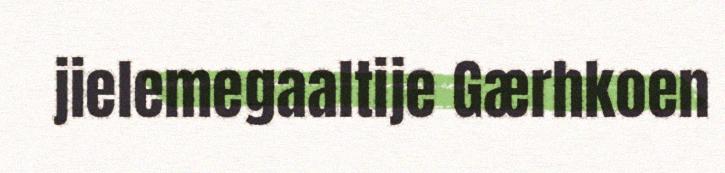
jielemegaaltije Gærhkoen